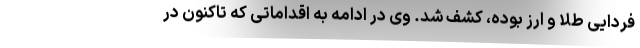
فردایی طلا و ارز بوده، کشف شد. وی در ادامه به اقداماتی که تاکنون در